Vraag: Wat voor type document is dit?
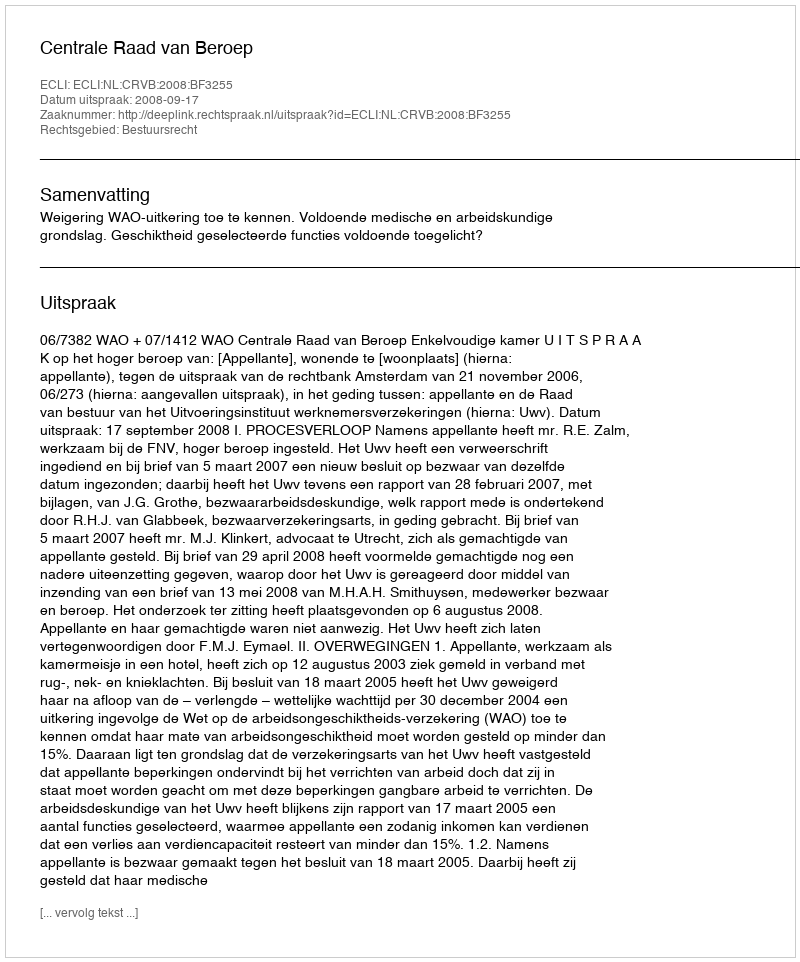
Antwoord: Uitspraak